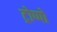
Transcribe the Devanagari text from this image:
ट्रोप्पो